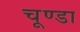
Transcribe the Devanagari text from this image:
चूण्डा